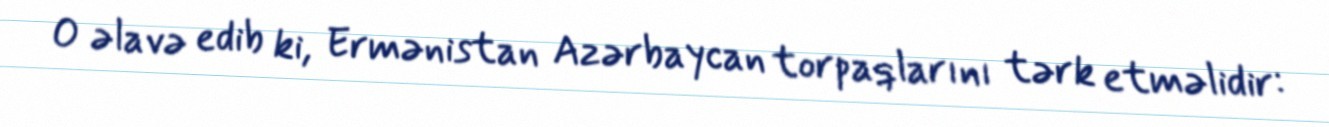
O əlavə edib ki, Ermənistan Azərbaycan torpaqlarını tərk etməlidir: